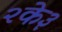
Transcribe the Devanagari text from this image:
२के३